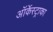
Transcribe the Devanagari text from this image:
ऑर्केस्ट्राका